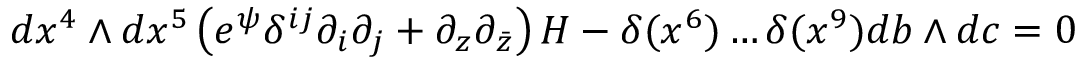
d x ^ { 4 } \wedge d x ^ { 5 } \left( e ^ { \psi } \delta ^ { i j } \partial _ { i } \partial _ { j } + \partial _ { z } \partial _ { \bar { z } } \right) H - \delta ( x ^ { 6 } ) \ldots \delta ( x ^ { 9 } ) d b \wedge d c = 0